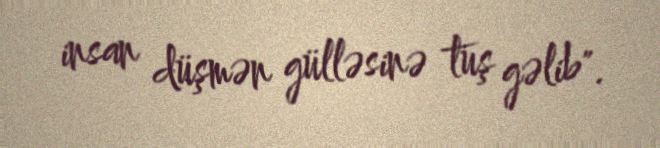
insan düşmən gülləsinə tuş gəlib".